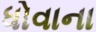
ધોવાના